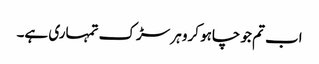
اب تم جو چاہو کرو ہر سڑک تمہاری ہے۔